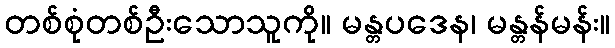
တစ်စုံတစ်ဦးသောသူကို။ မန္တပဒေန၊ မန္တန်မန်း။